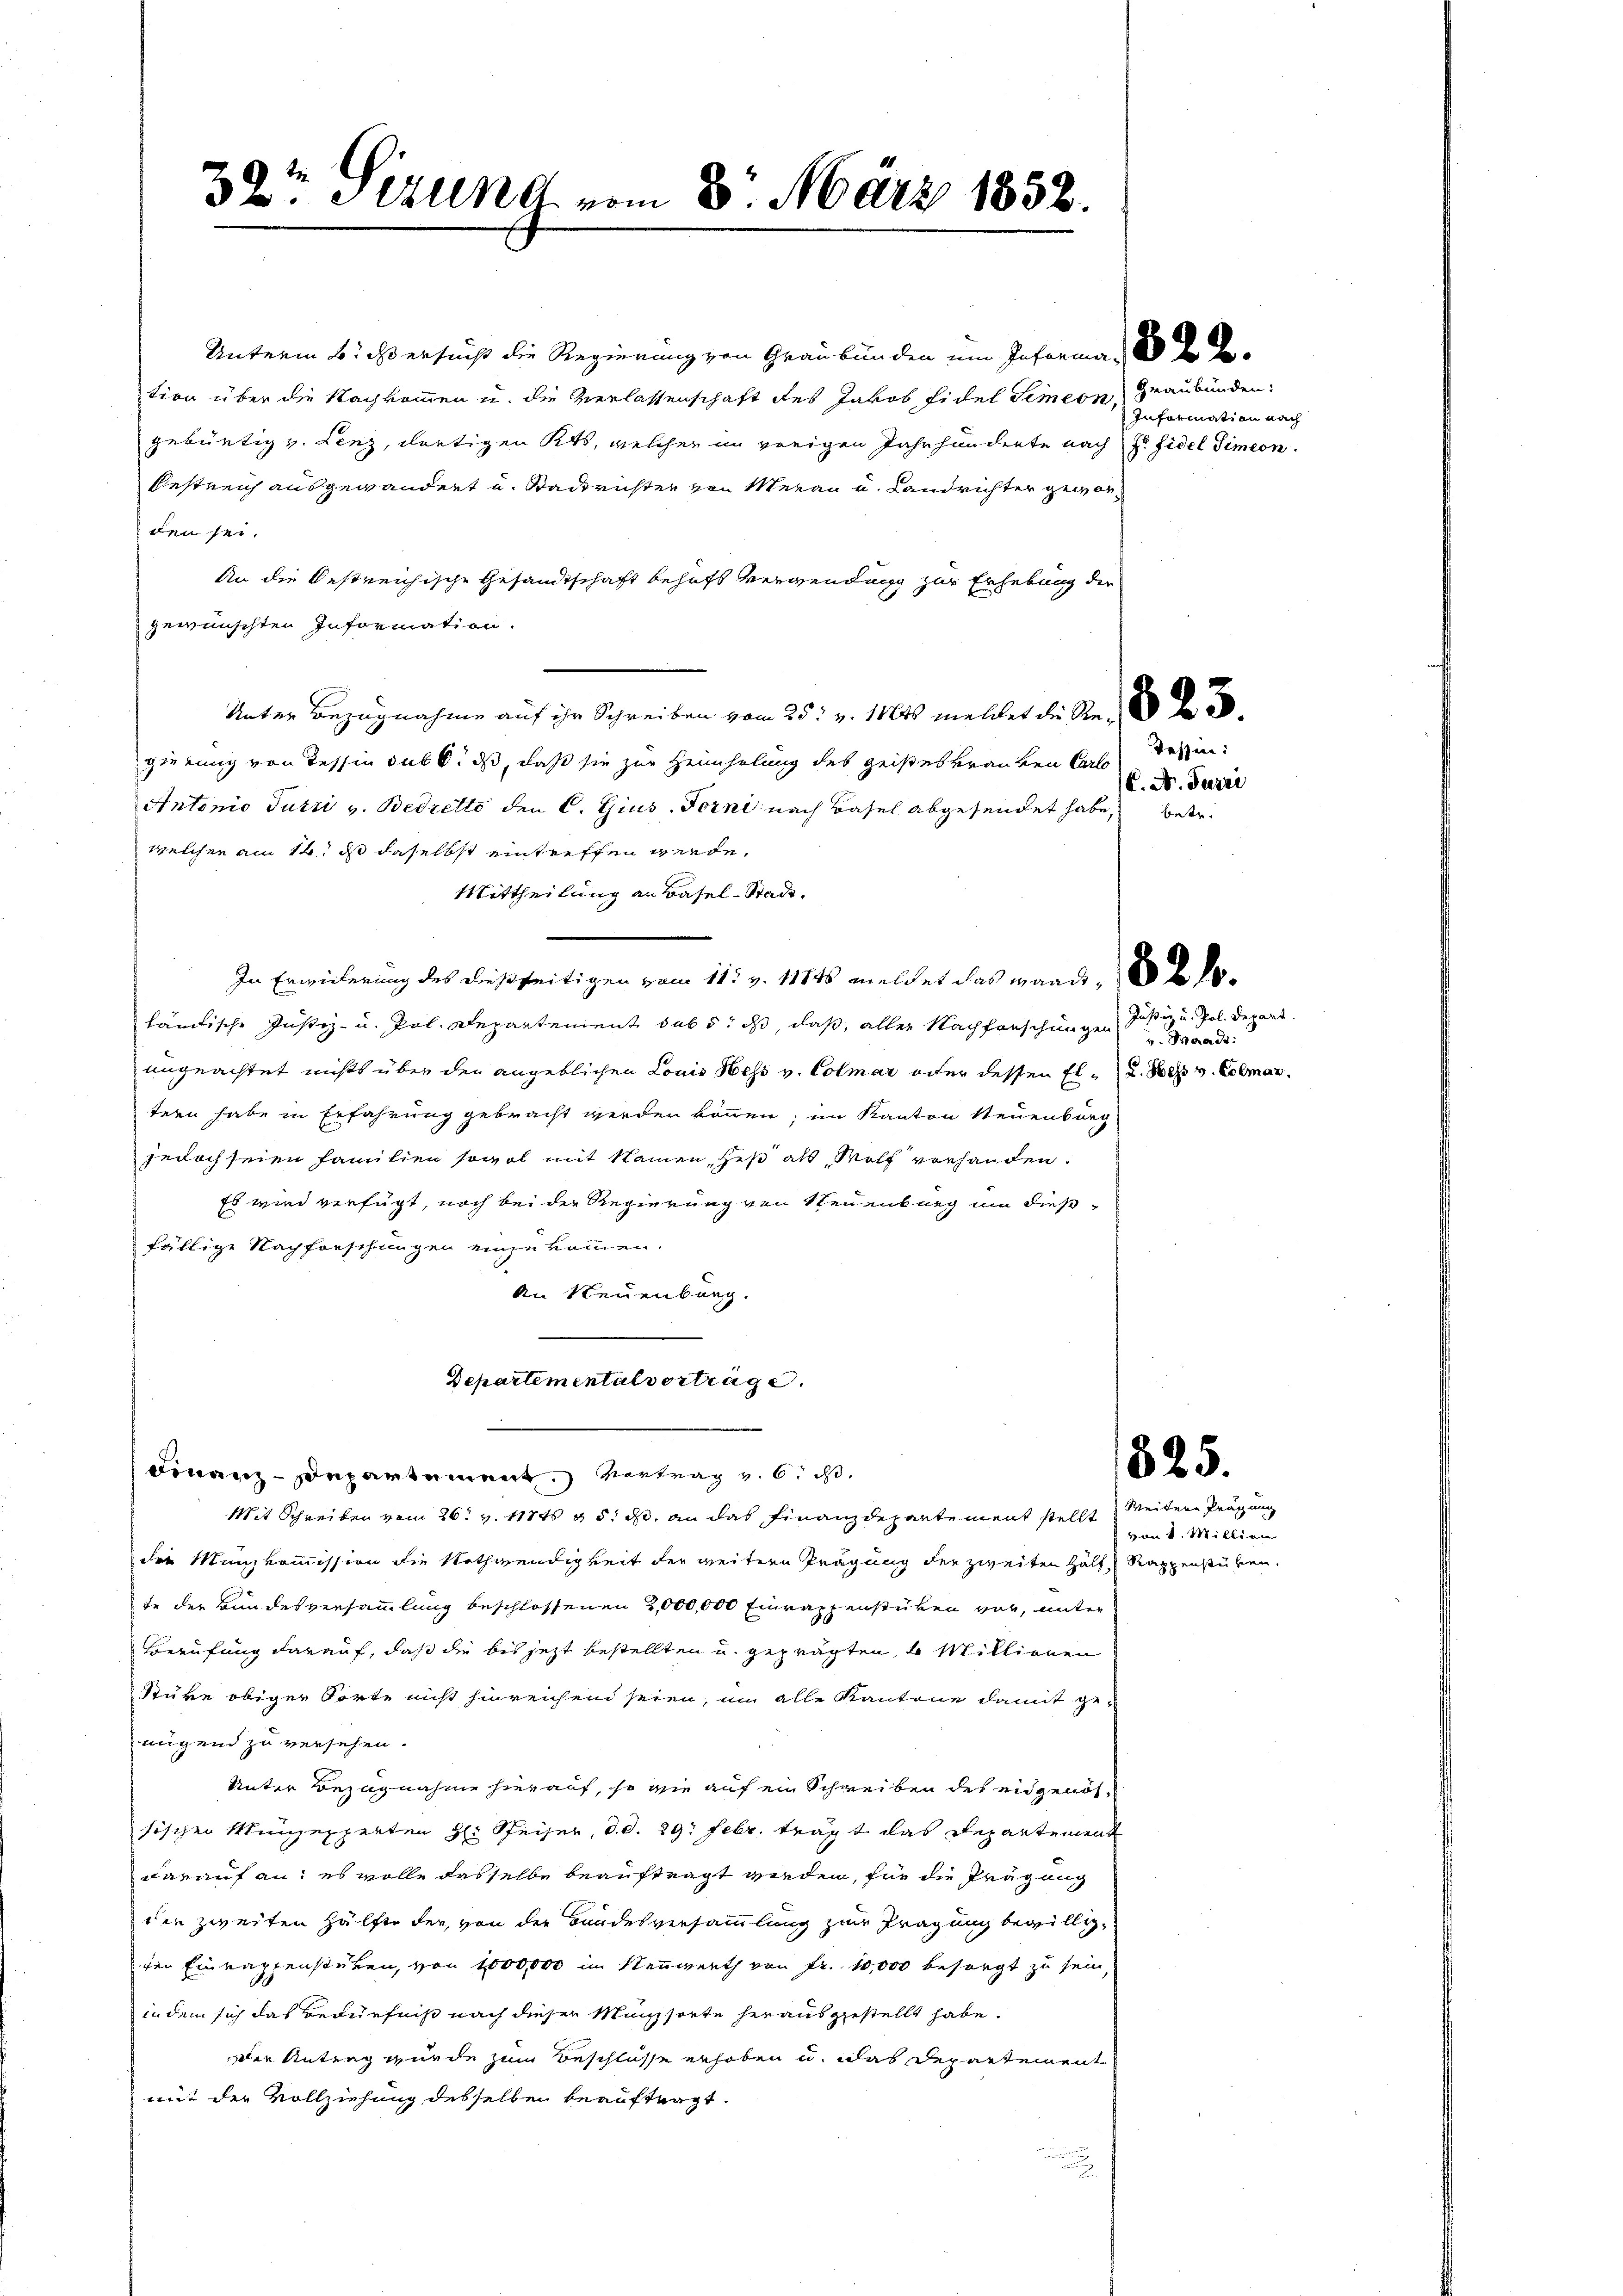
32 Sizung vom 3. März 1858.

Unterm 6. ds ersucht die Regierung von Graubünden um Informan der Be-
tion über die Nachkommen u. die Verlassenschaft des Jakob Fidel Simeon Graubünden:
gebürtig v. Lenz, dortigen Kts, welcher im vorigen Jahrhunderte nach Hr. Fidel Simeon
bestreich ausgewandert u. Stadtrichter von Meran u. Landrichter geworden sei.
An die Oestreichische Gesandtschaft behaft verwendung zur Erhebung der
gewünschten Information.
Unter Bezugnahme auf ihr Schreiben vom 25. v. 16ts meldet die Rede
gierung von Tessin sub 6. ds, daß sie zur Heimholung des geisteskranken Carlo
Antonio Jutzi v. Bedretto den C. Gius. Forni nach Basel abgesendet habe, betr.
welchen am 14. ds daselbst eintreffen werde.
Mittheilung an Basel-Stadt.
In Erweilerung des dießseitigen vom 11t v. 117ts meldet das waadt, 182 f.
tändische Justiz- u. Pol. Departement sub 5. ds, daß, aller Nachforschunge
ungeachtet nichts über den angeblichen Louis Hess v. Colmar oder dessen El- u. doch v. Colmar
tern habe in Erfahrung gebracht werden können; im Kanton Steuenburg
jedoch seien Familien sowol mit Namen, Heß als Wolf verhanden.
Es wird verfügt, noch bei der Regierung von Neuenburg um dießfällige Nachforschungen einzukommen.
An Neuenburg.
Departementalverträge.
Finanz-Departement. Vertrag v. 6. ds.
Mit Schreiben vom 26. v. 11748 n 5. ds. an das Finanzdepartement stellt Weitere Prägung
die Munzkommission die Nothwendigkeit der weitern Prägung der zweiten Hälf Rappenstüken.
te der Bundesversammlung beschlossenen 2,000,000 Einrappenstücken vor, unter
Berufung darauf, daß die bis jetzt bestellten u. geprägten, 4 Millionen
Stüre obiger Torte nicht hinreichen seien, um alle Kantone damit ge-
nigend zu versehen.
Unter Bezugnahme hierauf, so wie auf ein Schreiben des eidgenössischen Münzexperten H: Speiser, d. d. 29. Febr. trägt das Departement
darauf an: es wolle dasselbe beauftragt werden, für die Prag ang
den zweiten Hälfer der von der Bandesversammlung zur Prägung bewilligden Einrappenstuben, von 1000,000 im Neuwerth von Fr. 10,000 besorgt zu sein
indem sich das Bedürfnis nach dieser Magsorte herausgestellt habe.
Die Antrag wurde zum Beschlüsse erhoben u. das Departement
mit der Vollziehung desselben beauftragt.

Information nach

Tessin:
C. A. Furri

Justiz u. Pol. Depart.
v. Waadt:

825.

von 1. Millien